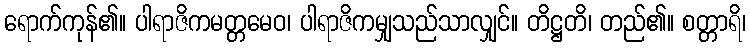
ရောက်ကုန်၏။ ပါရာဇိကမတ္တမေဝ၊ ပါရာဇိကမျှသည်သာလျှင်။ တိဋ္ဌတိ၊ တည်၏။ စတ္တာရိ၊